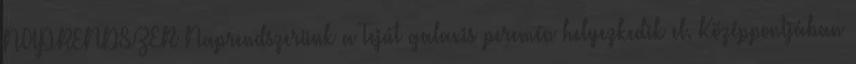
NAPRENDSZER Naprendszerünk a Tejút galaxis peremén helyezkedik el. Középpontjában